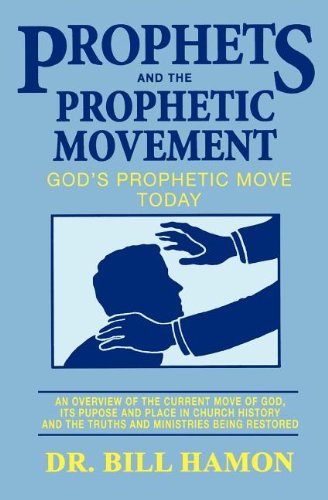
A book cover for Prophets and the Prophetic Movement: God's Prophetic Move Today; Bill Hamon; Christian Books & Bibles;